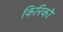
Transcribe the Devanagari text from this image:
किरिको